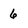
Character: 6